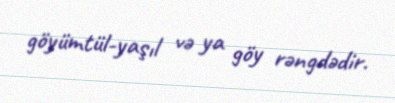
göyümtül-yaşıl və ya göy rəngdədir.